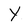
Character: Y